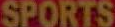
SPORTS